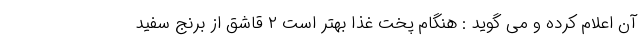
آن اعلام کرده و می گوید : هنگام پخت غذا بهتر است ۲ قاشق از برنج سفید